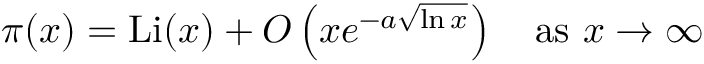
\pi ( x ) = \mathrm { { L i } } ( x ) + O \left( x e ^ { - a { \sqrt { \ln x } } } \right) \quad { \mathrm { a s ~ } } x \to \infty